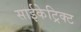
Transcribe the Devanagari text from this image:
साईकेट्रिक्ट